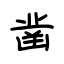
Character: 凿